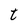
Character: t